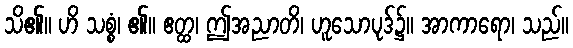
သိ၏။ ဟိ သစ္စံ၊ ၏။ ဧတ္ထ၊ ဤအညာတိ၊ ဟူသောပုဒ်၌။ အာကာရော၊ သည်။